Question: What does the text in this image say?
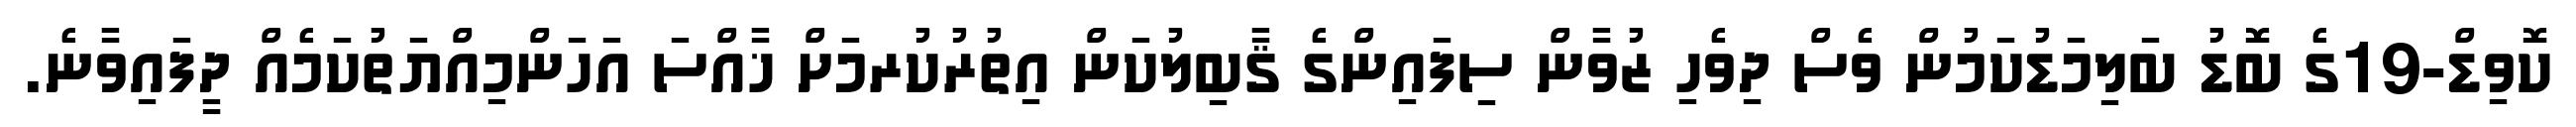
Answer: ކޮވިޑް-19ގެ ބޮޑު ބަލިމަޑުކަމުން ވެސް ދިވެހި ޒުވާން ސިފައިންގެ ޤާބިލުކަން އިތުރުކުރމަށް ޚާއްސަ އަހަންމިއްޔަތުކަމެއް ދީފައިވާނެ.